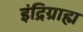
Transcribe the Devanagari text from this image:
इंद्रिग्राह्म